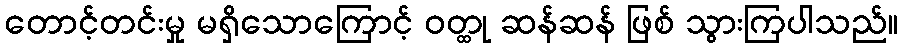
တောင့်တင်းမှု မရှိသောကြောင့် ဝတ္ထု ဆန်ဆန် ဖြစ် သွားကြပါသည်။